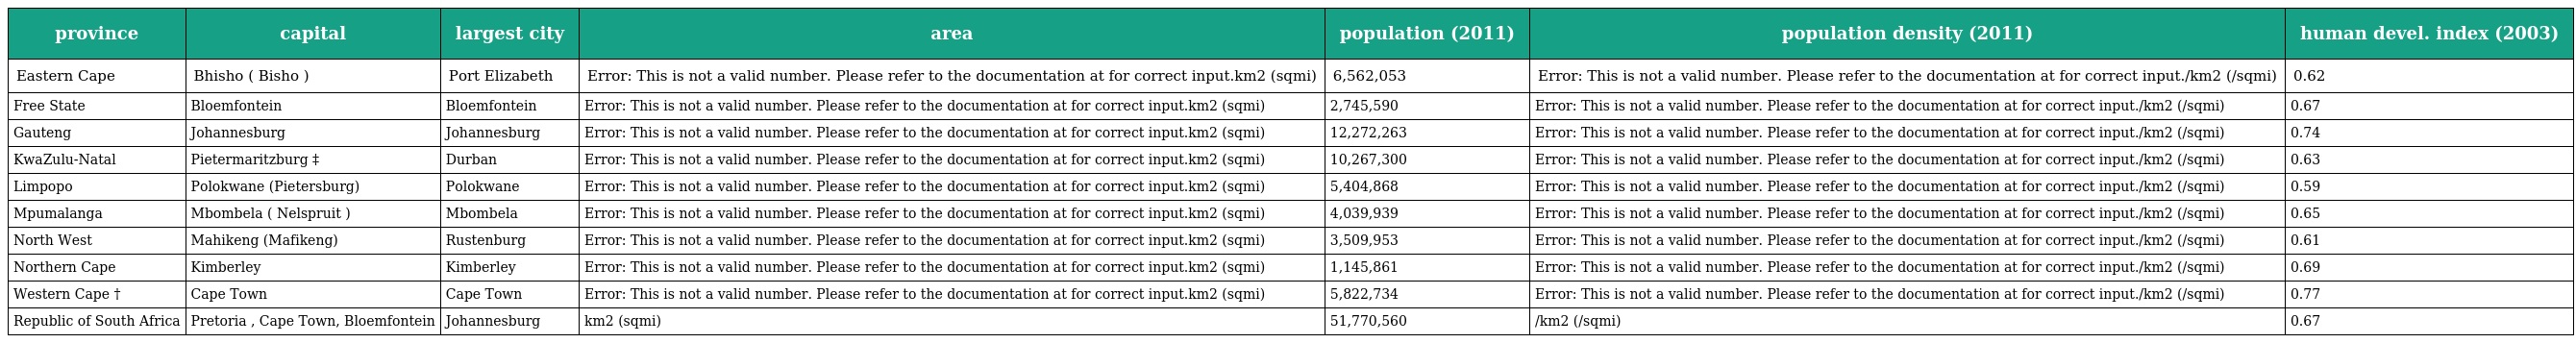
| province | capital | largest city | area | population (2011) | population density (2011) | human devel. index (2003) |
 | --- | --- | --- | --- | --- | --- | --- |
 | Eastern Cape | Bhisho ( Bisho ) | Port Elizabeth | Error: This is not a valid number. Please refer to the documentation at for correct input.km2 (sqmi) | 6,562,053 | Error: This is not a valid number. Please refer to the documentation at for correct input./km2 (/sqmi) | 0.62 |
 | Free State | Bloemfontein | Bloemfontein | Error: This is not a valid number. Please refer to the documentation at for correct input.km2 (sqmi) | 2,745,590 | Error: This is not a valid number. Please refer to the documentation at for correct input./km2 (/sqmi) | 0.67 |
 | Gauteng | Johannesburg | Johannesburg | Error: This is not a valid number. Please refer to the documentation at for correct input.km2 (sqmi) | 12,272,263 | Error: This is not a valid number. Please refer to the documentation at for correct input./km2 (/sqmi) | 0.74 |
 | KwaZulu-Natal | Pietermaritzburg ‡ | Durban | Error: This is not a valid number. Please refer to the documentation at for correct input.km2 (sqmi) | 10,267,300 | Error: This is not a valid number. Please refer to the documentation at for correct input./km2 (/sqmi) | 0.63 |
 | Limpopo | Polokwane (Pietersburg) | Polokwane | Error: This is not a valid number. Please refer to the documentation at for correct input.km2 (sqmi) | 5,404,868 | Error: This is not a valid number. Please refer to the documentation at for correct input./km2 (/sqmi) | 0.59 |
 | Mpumalanga | Mbombela ( Nelspruit ) | Mbombela | Error: This is not a valid number. Please refer to the documentation at for correct input.km2 (sqmi) | 4,039,939 | Error: This is not a valid number. Please refer to the documentation at for correct input./km2 (/sqmi) | 0.65 |
 | North West | Mahikeng (Mafikeng) | Rustenburg | Error: This is not a valid number. Please refer to the documentation at for correct input.km2 (sqmi) | 3,509,953 | Error: This is not a valid number. Please refer to the documentation at for correct input./km2 (/sqmi) | 0.61 |
 | Northern Cape | Kimberley | Kimberley | Error: This is not a valid number. Please refer to the documentation at for correct input.km2 (sqmi) | 1,145,861 | Error: This is not a valid number. Please refer to the documentation at for correct input./km2 (/sqmi) | 0.69 |
 | Western Cape † | Cape Town | Cape Town | Error: This is not a valid number. Please refer to the documentation at for correct input.km2 (sqmi) | 5,822,734 | Error: This is not a valid number. Please refer to the documentation at for correct input./km2 (/sqmi) | 0.77 |
 | Republic of South Africa | Pretoria , Cape Town, Bloemfontein | Johannesburg | km2 (sqmi) | 51,770,560 | /km2 (/sqmi) | 0.67 |